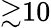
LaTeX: {\gtrsim}10